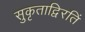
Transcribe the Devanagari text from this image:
सुकृताद्विरतिं